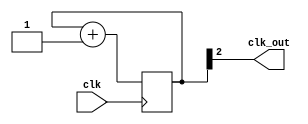
module ClockDividerPow(input clk,
                       output clk_out);
    parameter POW2DIV = 2;

    reg [POW2DIV:0] counter = 0;
    
    always @ (posedge clk)
    begin
        counter <= counter + 1;
    end
    
    assign clk_out = counter[POW2DIV];
    
endmodule